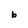
Character: b